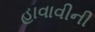
હાવાવીની